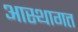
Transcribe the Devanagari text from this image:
आस्थागत